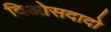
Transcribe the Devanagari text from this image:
दिओसदादो